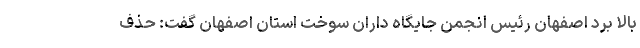
بالا برد اصفهان رئیس انجمن جایگاه داران سوخت استان اصفهان گفت: حذف